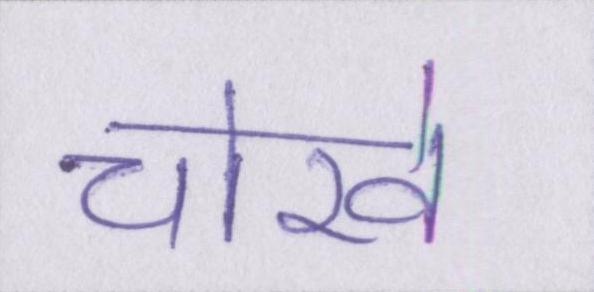
चोखे